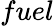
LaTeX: fuel